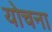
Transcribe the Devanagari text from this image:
योचना